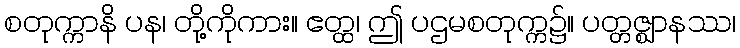
စတုက္ကာနိ ပန၊ တို့ကိုကား။ ဧတ္ထ၊ ဤ ပဌမစတုက္က၌။ ပတ္တဇ္ဈာနဿ၊